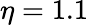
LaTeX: \eta=1.1